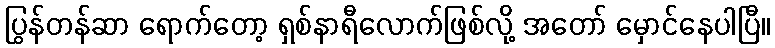
ပြွန်တန်ဆာ ရောက်တော့ ရှစ်နာရီလောက်ဖြစ်လို့ အတော် မှောင်နေပါပြီ။